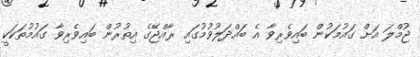
ޖުމްލަ އަށް ގައުމަކުން ބައިވެރިވާ އެ ބައްދަލުވުމުގައި ރާއްޖޭގެ އިތުރުން ބައިވެރިވާ ގައުމުތަކަކީ